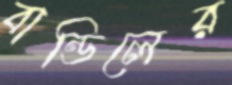
বান্ডিলের